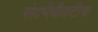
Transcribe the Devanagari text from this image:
संदर्भचौकटीचा